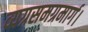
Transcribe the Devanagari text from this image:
व्यग्रसमग्रमार्ग।